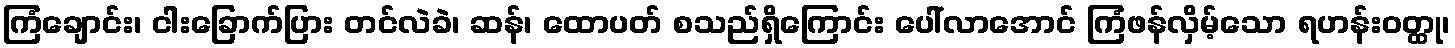
ကြံချောင်း၊ ငါးခြောက်ပြား တင်လဲခဲ၊ ဆန်၊ ထောပတ် စသည်ရှိကြောင်း ပေါ်လာအောင် ကြံဖန်လှိမ့်သော ရဟန်းဝတ္ထု၊